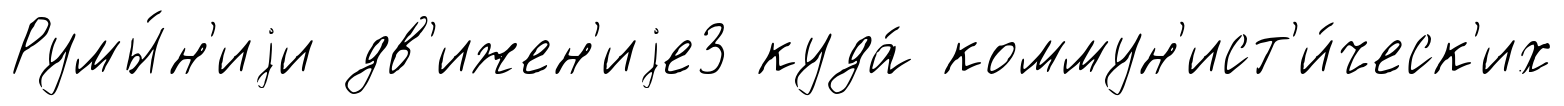
Румы́н'иjи дв'ижен'иjе3 куда́ коммун'ист'и́ческ'их